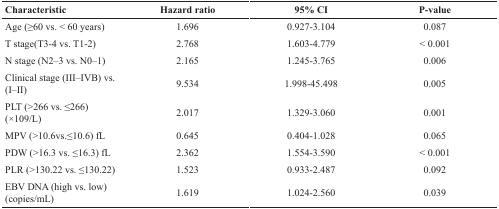
<table><thead><tr><td><b>Characteristic</b></td><td><b>Hazard ratio</b></td><td><b>95% CI</b></td><td><b>P-value</b></td></tr></thead><tbody><tr><td>Age (≥60 vs. &lt; 60 years)</td><td>1.696</td><td>0.927-3.104</td><td>0.087</td></tr><tr><td>T stage(T3-4 vs. T1-2)</td><td>2.768</td><td>1.603-4.779</td><td>&lt; 0.001</td></tr><tr><td>N stage (N2–3 vs. N0–1)</td><td>2.165</td><td>1.245-3.765</td><td>0.006</td></tr><tr><td>Clinical stage (III–IVB) vs. (I–II)</td><td>9.534</td><td>1.998-45.498</td><td>0.005</td></tr><tr><td>PLT (&gt;266 vs. ≤266) (×109/L)</td><td>2.017</td><td>1.329-3.060</td><td>0.001</td></tr><tr><td>MPV (&gt;10.6vs.≤10.6) fL</td><td>0.645</td><td>0.404-1.028</td><td>0.065</td></tr><tr><td>PDW (&gt;16.3 vs. ≤16.3) fL</td><td>2.362</td><td>1.554-3.590</td><td>&lt; 0.001</td></tr><tr><td>PLR (&gt;130.22 vs. ≤130.22)</td><td>1.523</td><td>0.933-2.487</td><td>0.092</td></tr><tr><td>EBV DNA (high vs. low) (copies/mL)</td><td>1.619</td><td>1.024-2.560</td><td>0.039</td></tr></tbody></table>